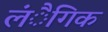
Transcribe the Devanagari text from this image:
लंैगिक